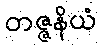
တဇ္ဇနိယံ